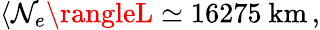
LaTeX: \langle\mathcal{N}_{e}\rangleL\simeq16275\mathrm{{~km}}\, ,